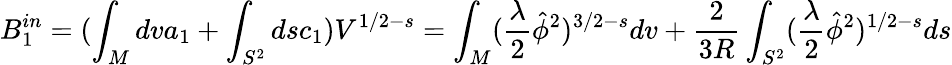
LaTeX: B_{1}^{in}=(\int_{M}dva_{1}+\int_{S^{2}}dsc_{1})V^{1/2-s}=\int_{M}(\frac{\lambda}{2}\hat{\phi}^{2})^{3/2-s}dv+\frac{2}{3R}\int_{S^{2}}(\frac{\lambda}{2}\hat{\phi}^{2})^{1/2-s}ds